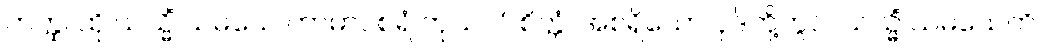
တတ္ထ၊ ထို ယသ္မိံ သမယေ ကာမာဝစရံ ကုသလံ စိတ္တံ၊ အစရှိသော ပုဒ်တို့တွင်။ ယသ္မိံ သမယေတိ